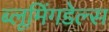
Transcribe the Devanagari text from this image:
ब्लूमिंगडेल्स